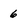
Character: 6